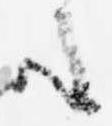
た